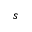
s